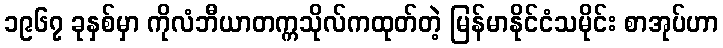
၁၉၆၇ ခုနှစ်မှာ ကိုလံဘီယာတက္ကသိုလ်ကထုတ်တဲ့ မြန်မာနိုင်ငံသမိုင်း စာအုပ်ဟာ